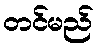
တင်မည်